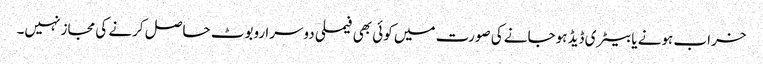
خراب ہونے یا بیٹری ڈیڈ ہوجانے کی صورت میں کوئی بھی فیملی دوسرا روبوٹ حاصل کرنے کی مجاز نہیں۔